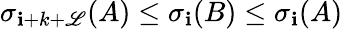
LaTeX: \sigma_{\mathbf{i}+k+\mathscr{L}}(A)\leq\sigma_{\mathbf{i}}(B)\leq\sigma_{\mathbf{i}}(A)